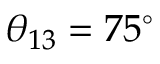
\theta _ { 1 3 } = 7 5 ^ { \circ }